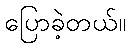
ပြောခဲ့တယ်။